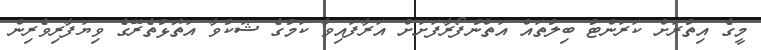
މީގެ އިތުރަށް ކަރަންޓު ބިލުތައް އަތްނުފޯރާފަށަށް އަރާފައިވާ ކަމުގެ ޝަކުވާ އަތޮޅުތެރޭގެ ވިޔަފާރިވެރިން